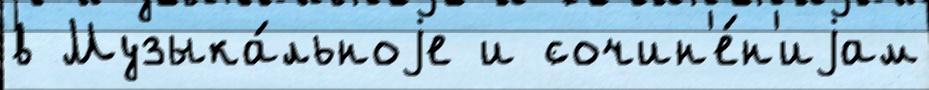
в Музыка́льноjе и сочин'е́н'иjам